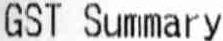
GST SUMMARY